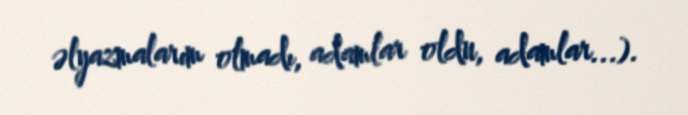
əlyazmalarım olmadı, adamlar oldu, adamlar...).